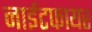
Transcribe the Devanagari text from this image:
नाईटफायर